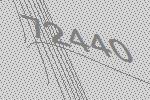
72440